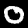
Label: 0